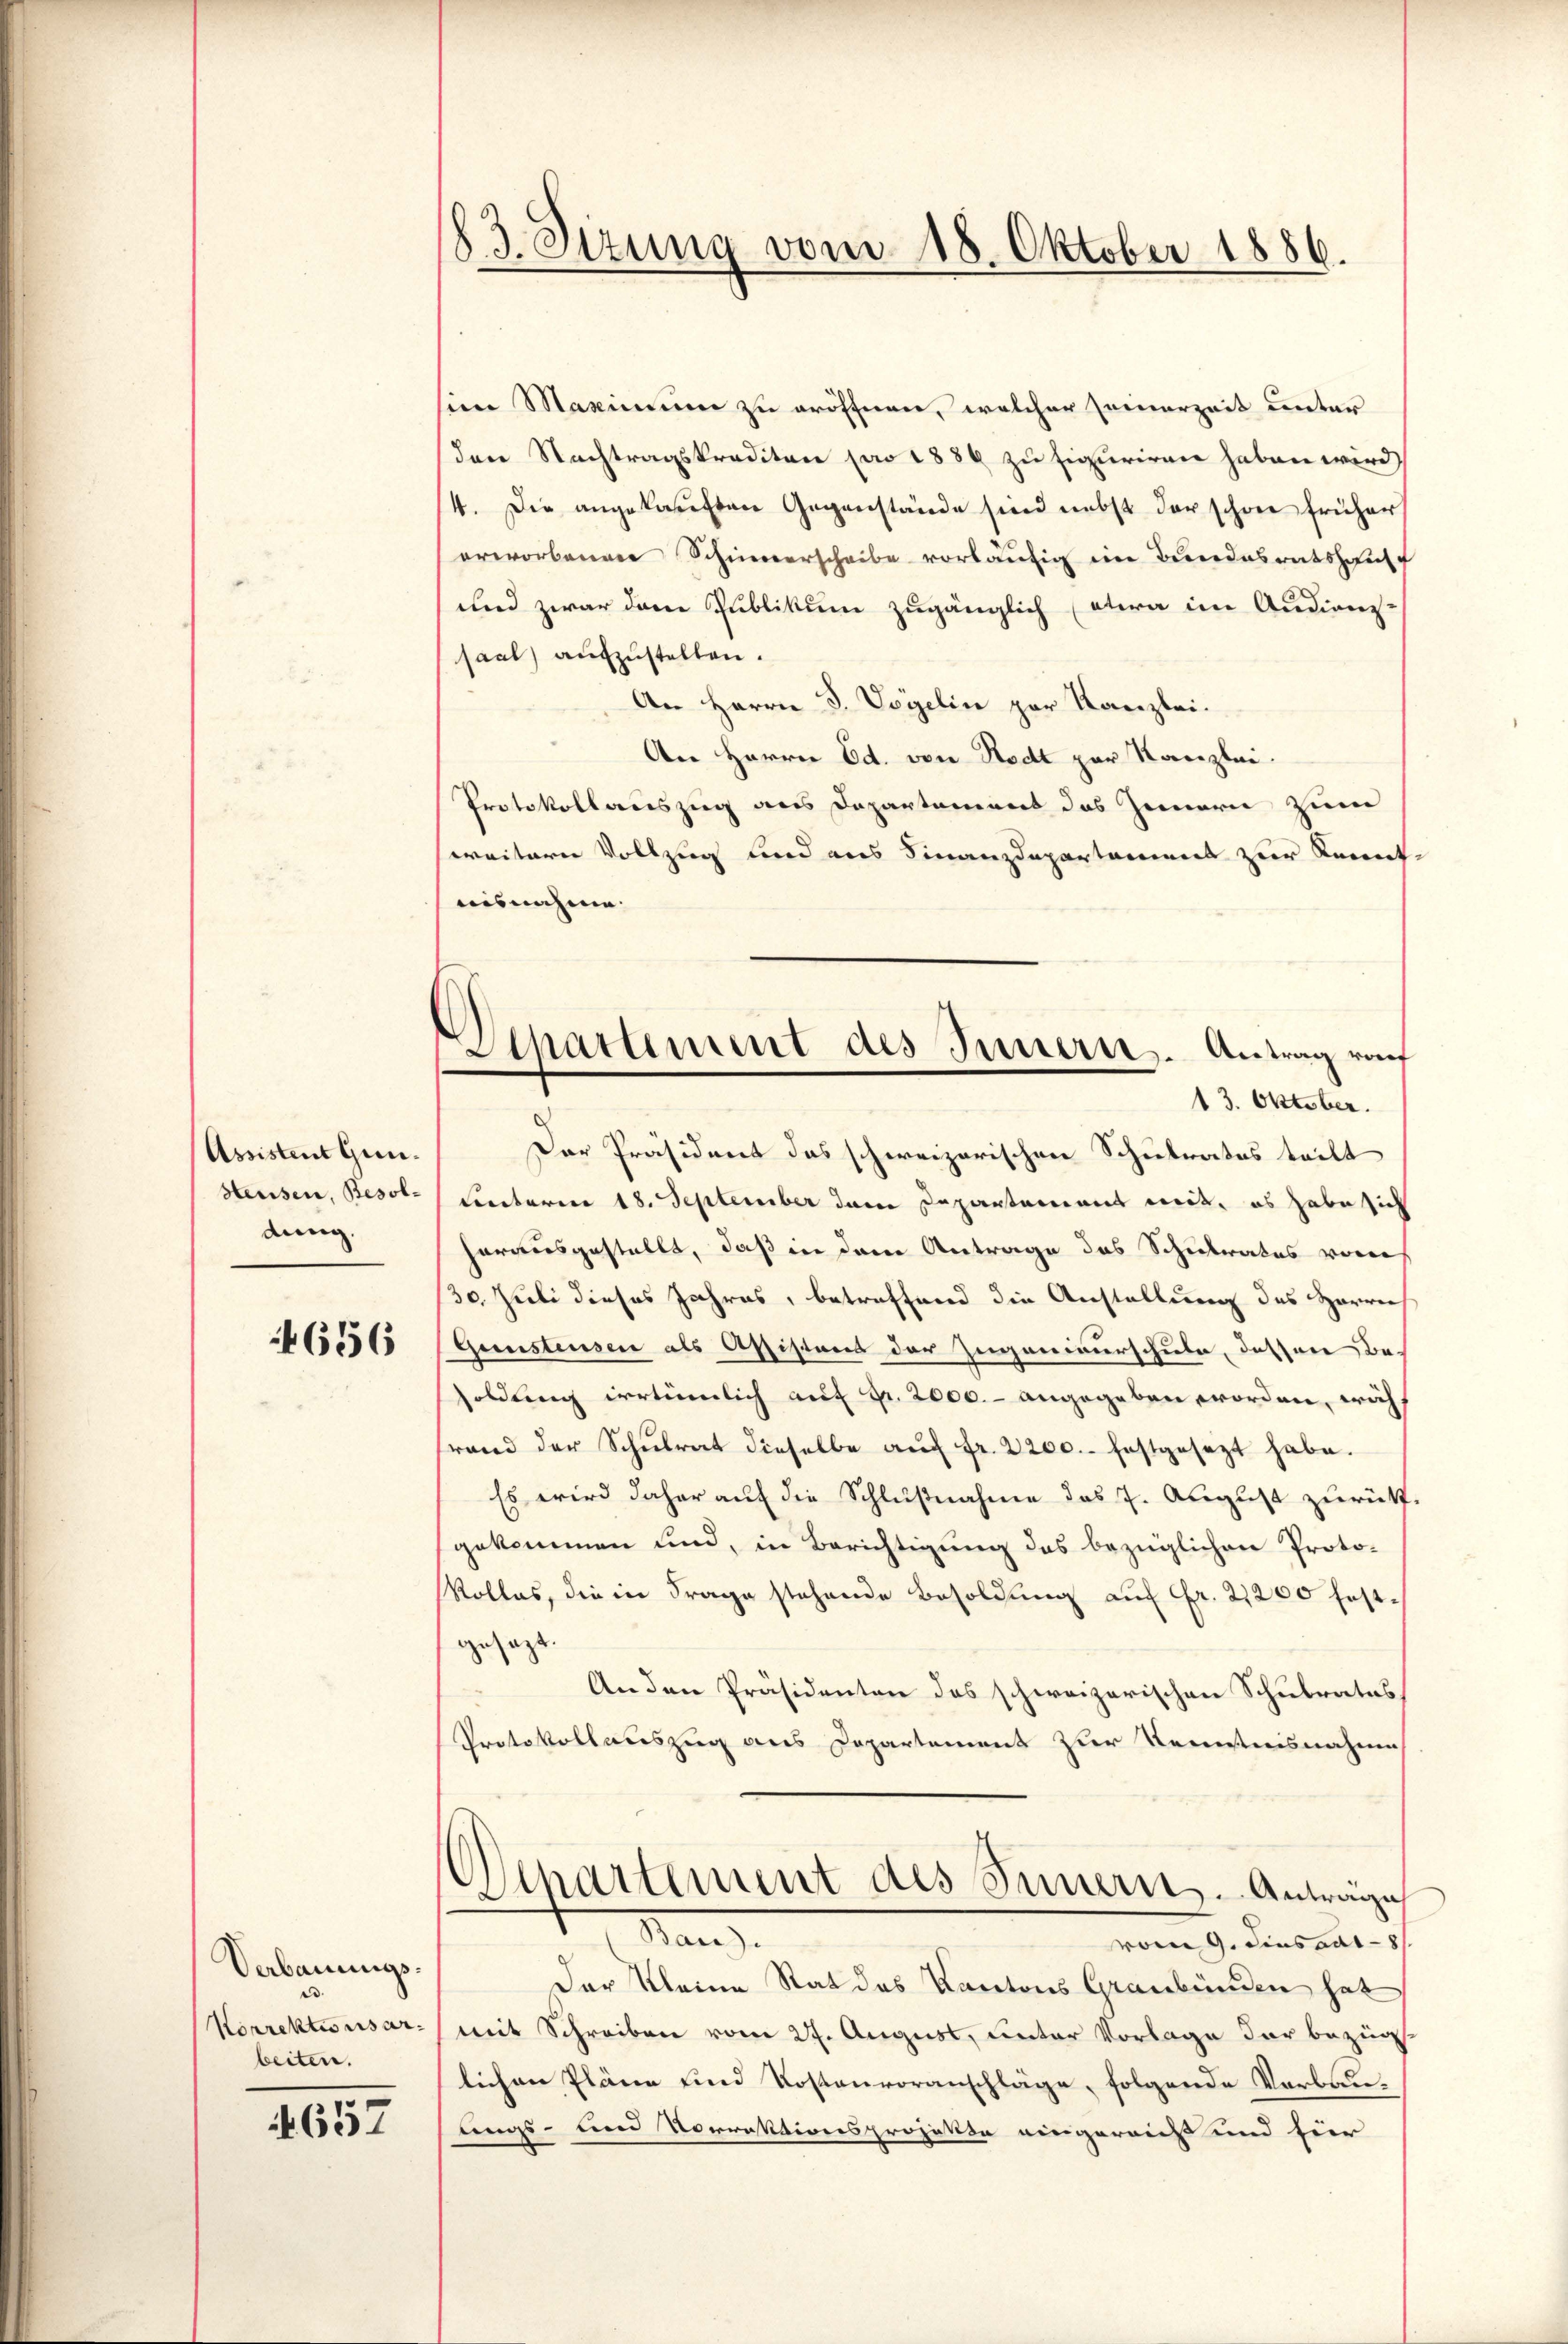
Assistent Gun¬
Hteusen, Besoldung.

4656

Verbauungs¬
.
Korrektionsar
beiten.

657

83 Sizung vom 18. Oktober 1886.

Departement des Innern Antrag ruf
13. Oktober.

im Maximum zu eröffnen, welcher seinerzeit unter
Iere Nachtragskreditare pro 1886 zu figuriren haben wird
4. Die angekaŭften Gegenstände sind nebst der schon früher
erworbenen Scheverscheibe vorläufig im Bundesratshaus
und zwar dem Publikum zugänglich etwa im Audiens-
saal aufzustellen.
An Herrn J. Vögelin par Kanzlei.
An Herrn Ed. von Rodt zur Kanzlei.
Protokollauszug aus Departamens das Jennern zum
weitern Vollzug und aus Finanzdepartamens zur Kennt-
uisnahme.
Der Präsident das schweizerischen Schulrates teilt
unterm 18. September dem Departement mit, es habe sich
herausgestellt, daß in dem Antrage des Schulrates vors
30. Zieli dieses Jahres, betreffend die Anstellung des Herrn
Gunstensen als Assistens der Zuganimerschule, dessere Be-
soldung irrtümlich auf Fr. 2000.- angegeben worden, wäh
rand der Schŭlrat dieselbe aŭf fr. 2200. festgesezt habe.
Es wird daher auf die Schlußnahme des 7. August zurück
gekommen und, in Berichtigung des bezüglichen Proto-
Rolles, die in Frage stehende Besoldung auf Fr. 2,200 festgesezt.
An den Präsidenten des schweizerischen Schulrates
Protokollauszug aus Departement zur Kenntnisnahme
Departement des Innern - Anträge
Franz
vom 9. Fensaal - 8
Der Kleine Rat des Kantons Graubünden hat
mit Schreiben vom 27. August, unter Vorlage der bezüglichen Pläne und Kostenvoranschläge, folgende Verbaulings- und Vorrektionsprojekte eingereicht und für